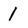
Character: l